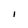
Character: I